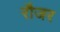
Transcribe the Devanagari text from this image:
रौजर